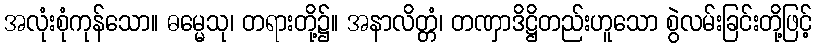
အလုံးစုံကုန်သော။ ဓမ္မေသု၊ တရားတို့၌။ အနာလိတ္တံ၊ တဏှာဒိဋ္ဌိတည်းဟူသော စွဲလမ်းခြင်းတို့ဖြင့်